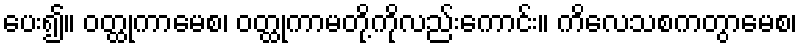
ပေး၍။ ဝတ္ထုကာမေစ၊ ဝတ္ထုကာမတို့ကိုလည်းကောင်း။ ကိလေသစကတွာမေစ၊